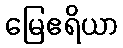
မြေဧရိယာ